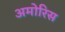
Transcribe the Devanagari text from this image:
अमोरिस